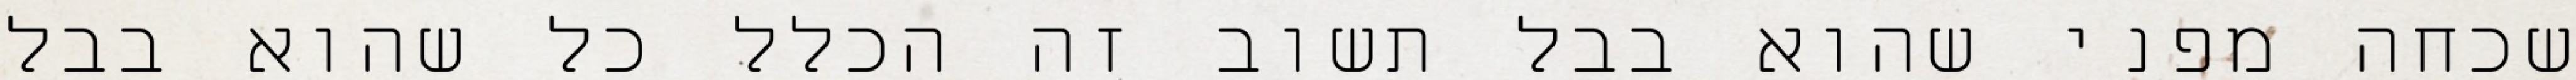
שכחה מפני שהוא בבל תשוב זה הכלל כל שהוא בבל